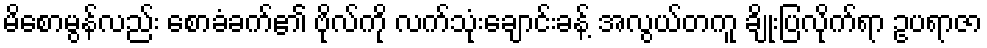
မိစောမွန်လည်း စောခံခက်၏ ဗိုလ်ကို လက်သုံးချောင်းခန့် အလွယ်တကူ ချိုးပြလိုက်ရာ ဥပရာဇာ